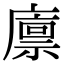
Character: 廪